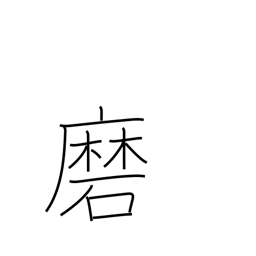
Meaning: brush (teeth)